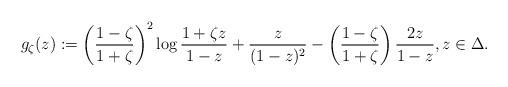
LaTeX: \begin{align*}g_{\zeta}(z):=\left(\frac{1-\zeta}{1+\zeta}\right)^2\log{\frac{1+\zeta z}{1-z}}+\frac{z}{(1-z)^2}-\left(\frac{1-\zeta}{1+\zeta}\right)\frac{2z}{1-z}, z\in\Delta.\end{align*}